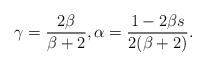
LaTeX: \begin{align*}\gamma = \frac{2 \beta}{\beta+2}, \alpha= \frac{1-2\beta s}{2(\beta +2)}.\end{align*}